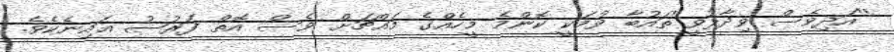
''އަދިވެސް ވިދާޅުވީ''ތައުބާ ވުމަކީ ކޮންމެ މީހެއްގެ މައްޗަށް ވެސް އޮތް ފަރުޟު ޢައިނެކެވެ.